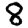
Digit: 8